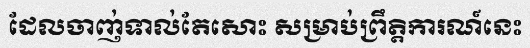
ដែលចាញ់ទាល់តែសោះ សម្រាប់ព្រឹត្តិការណ៍នេះ